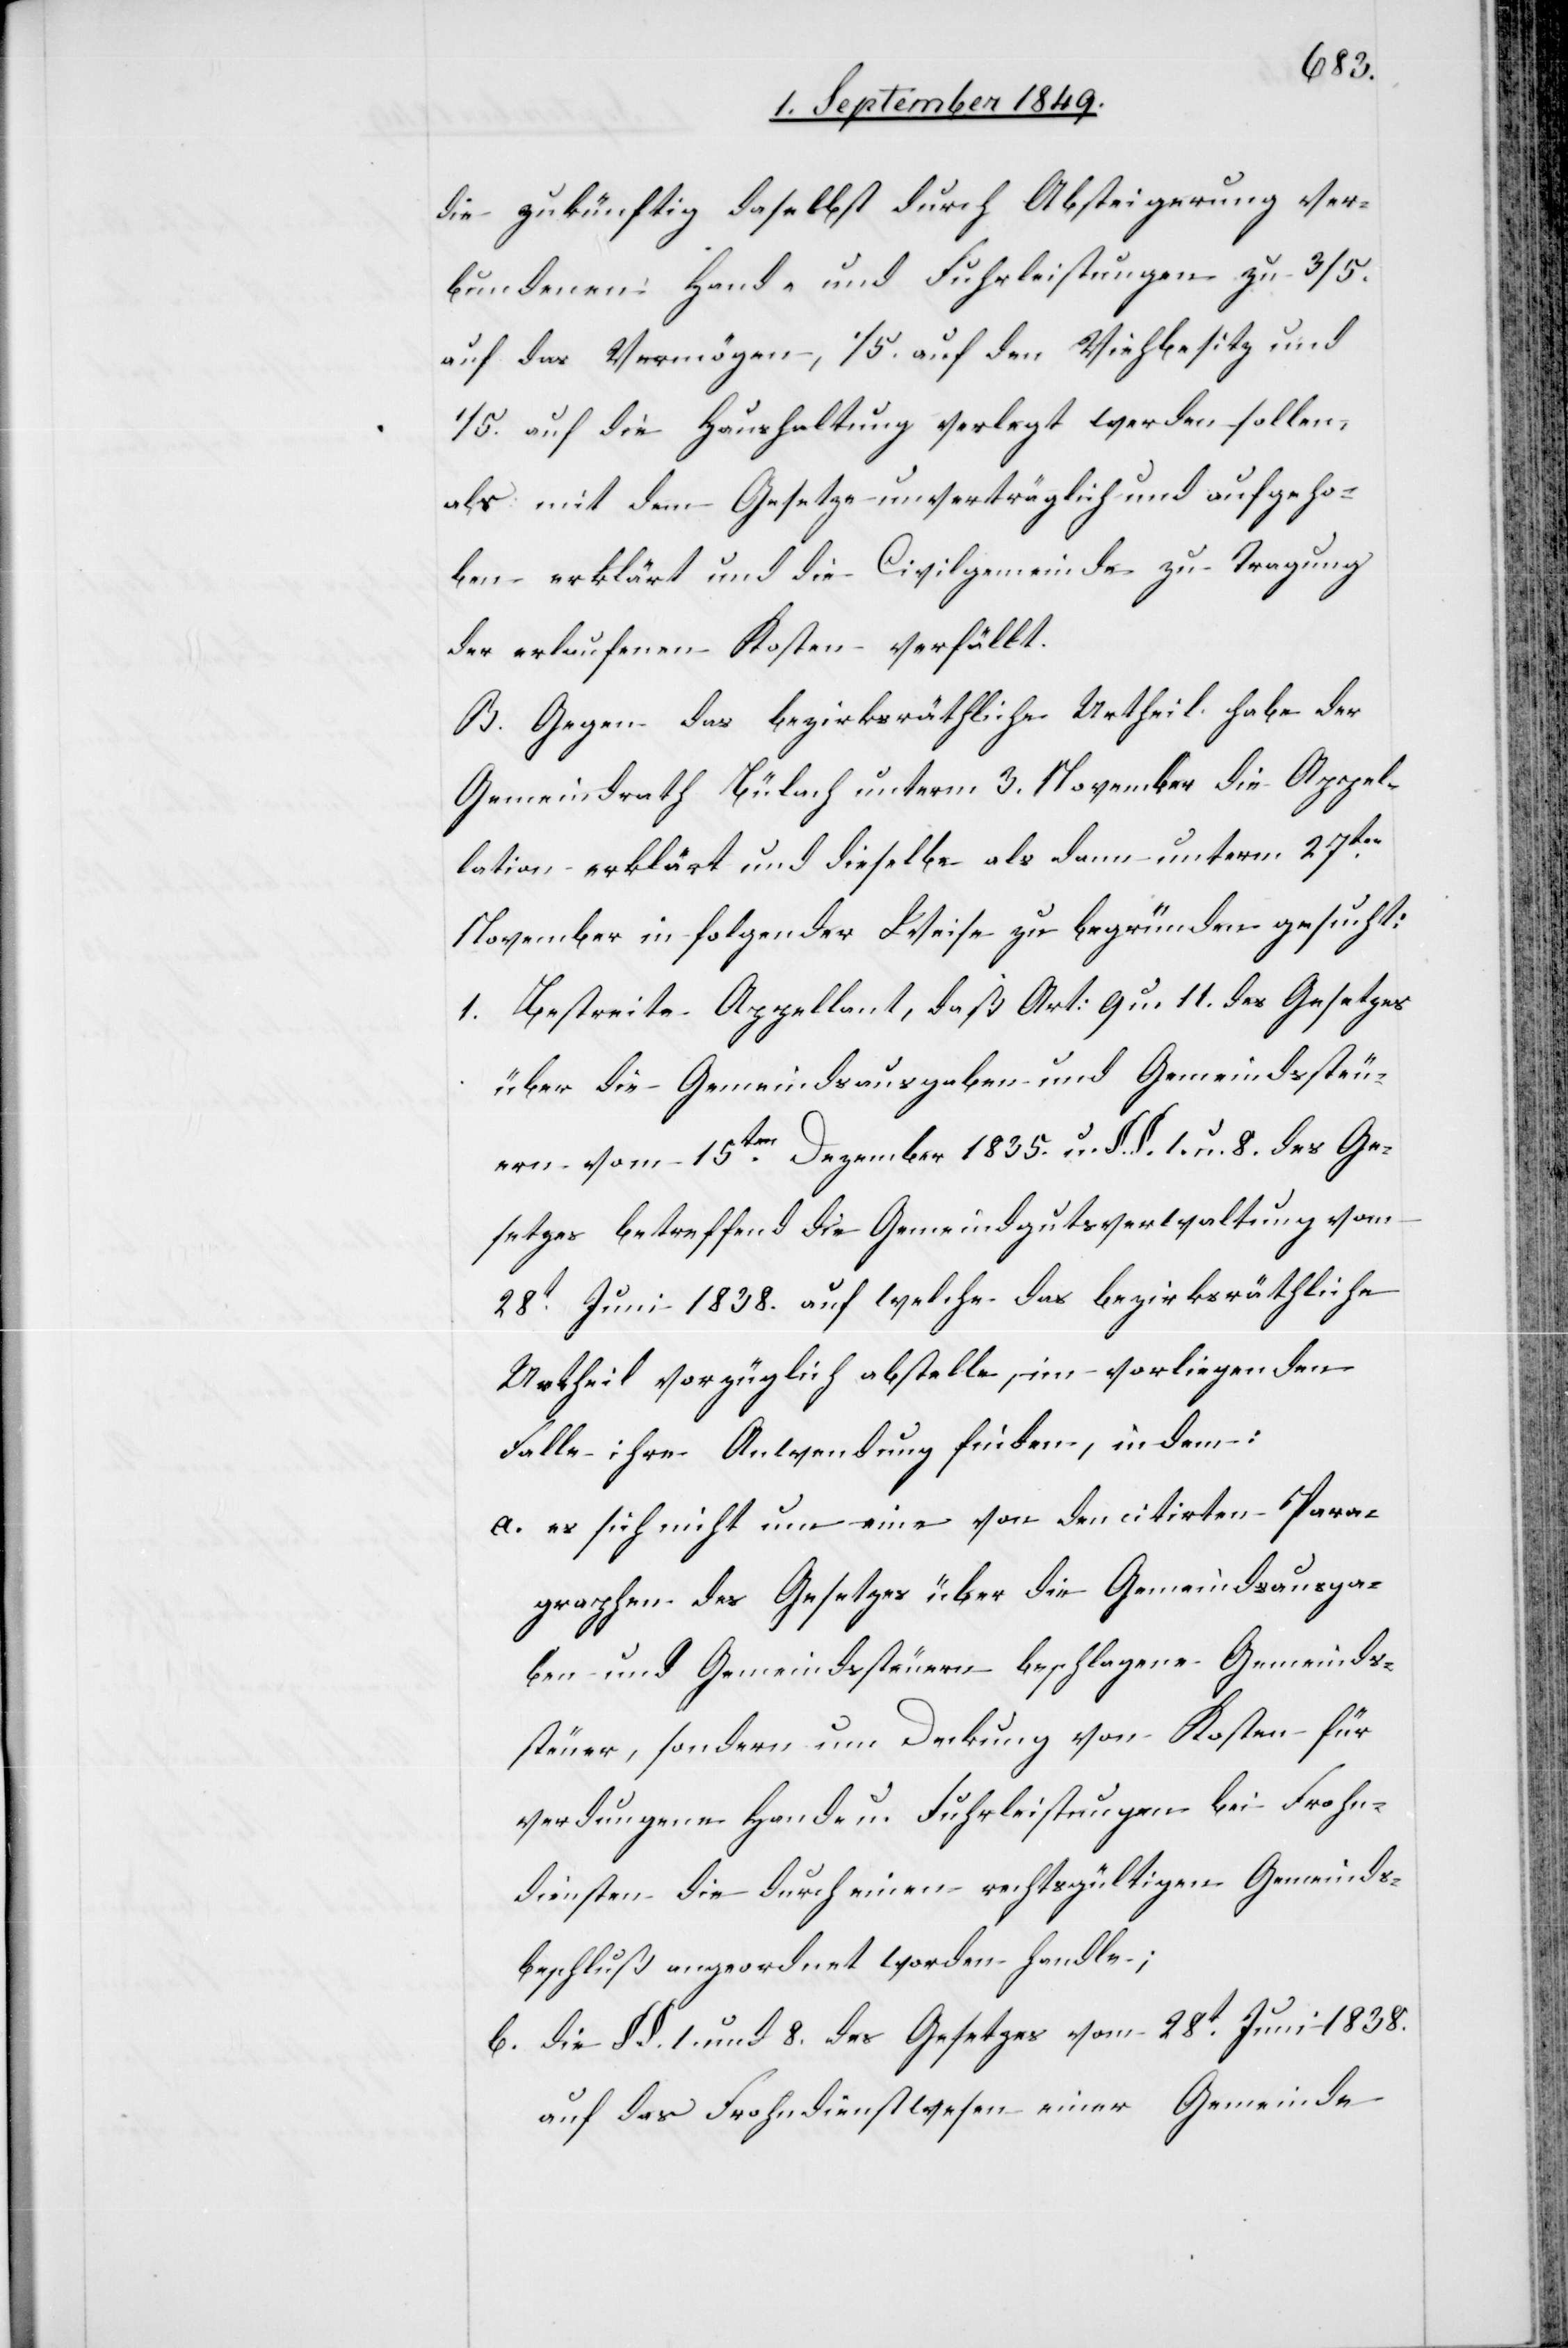
die zukünftig daselbst durch Absteigerung ver¬
bundenen Hand- und Fuhrleistungen zu 3/5.
auf das Vermögen, 1/5. auf den Viehbesitz und
1/5. auf die Haushaltung verlegt werden sollen,
als mit dem Gesetze unverträglich und aufgeho¬
ben erklärt und die Civilgemeinde zu Tragung
der erlaufenen Kosten verfällt.
B. Gegen das bezirksräthliche Urtheil habe der
Gemeindrath Bülach unterm 3. November die Appel¬
lation erklärt und dieselbe als dann unterm 27ten
November in folgender Weise zu begründen gesucht:
1. Bestreite Appellant, daß Art: 9 u. 11. des Gesetzes
über die Gemeindsausgaben und Gemeindssteu¬
ern vom 15ten Dezember 1835. u. §. §. 1. u. 8. des Ge¬
setzes betreffend die Gemeindgutsverwaltung vom
28t Juni 1838. auf welche das bezirksräthliche
Urtheil vorzüglich abstelle, im vorliegenden
Falle ihre Anwendung finden, indem:
a. es sich um eine von den citirten Para¬
graphen des Gesetzes über die Gemeindsausga¬
ben und Gemeindssteuern beschlagene Gemeinds¬
steuer, sondern um Deckung von Kosten für
verdungene Hand- u. Fuhrleistungen bei Frohn¬
diensten die durch einen rechtsgültigen Gemeinds¬
beschluß angeordnet worden handle;
b. die §. §. 1. und 8. des Gesetzes vom 28t Juni 1838.
auf das Frohndienstwesen einer Gemeinde